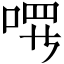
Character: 𪡔